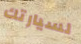
لسيارتك